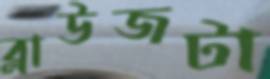
ব্লাউজটা